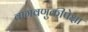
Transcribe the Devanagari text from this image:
वागवणुकीपेक्षा